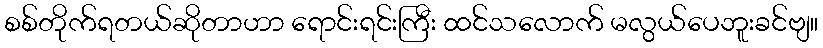
စစ်တိုက်ရတယ်ဆိုတာဟာ ရောင်းရင်းကြီး ထင်သလောက် မလွယ်ပေဘူးခင်ဗျ။